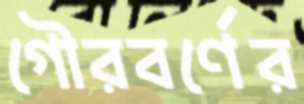
গৌরবর্ণের